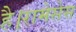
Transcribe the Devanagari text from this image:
है।रामेसेस